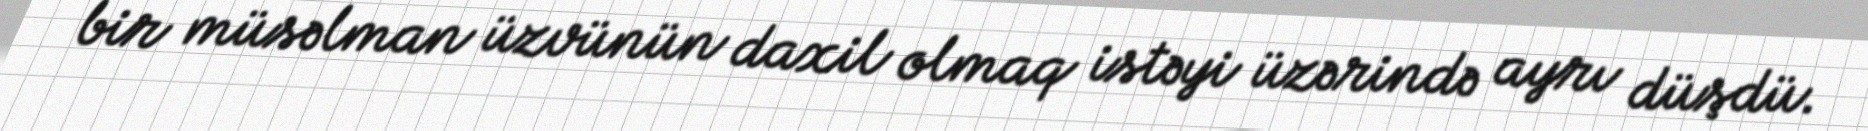
bir müsəlman üzvünün daxil olmaq istəyi üzərində ayrı düşdü.